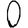
Digit: 0